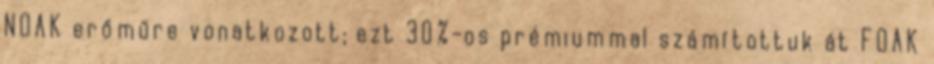
NOAK erőműre vonatkozott; ezt 30%-os prémiummal számítottuk át FOAK